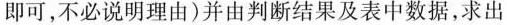
即可，不必说明理由)并由判断结果及表中数据，求出